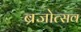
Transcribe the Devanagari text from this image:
ब्रजोत्सव